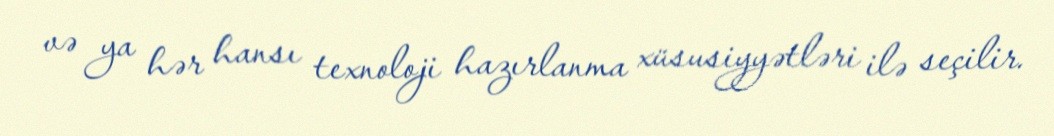
və ya hər hansı texnoloji hazırlanma xüsusiyyətləri ilə seçilir.